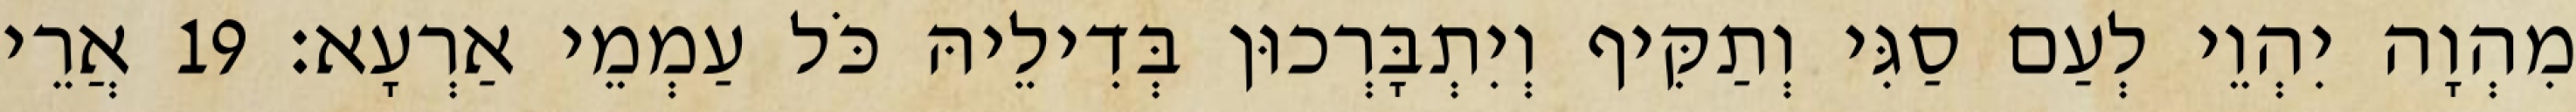
מִהְוָה יִהְוֵי לְעַם סַגִּי וְתַקִּיף וְיִתְבָּרְכוּן בְּדִילֵיהּ כֹּל עַמְמֵי אַרְעָא׃ 19 אֲרֵי